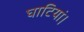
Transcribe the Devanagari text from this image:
घाटियां।